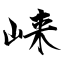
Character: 崃